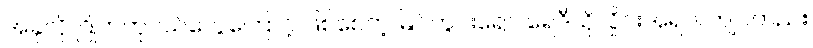
အခုလို ဂြိုဟ်တုငယ်တွေကြောင့် ဖြစ်စေတဲ့ မြင်ကွင်းရော၊ ရေဒီယိုလှိုင်းအရပါ ကျပ်တည်း